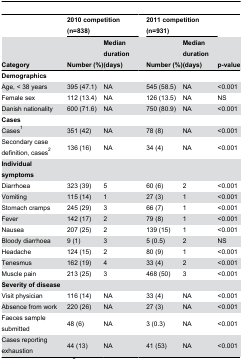
<table><thead><tr><td></td><td colspan="2"><b>2010 competition (n=838)</b></td><td></td><td colspan="2"><b>2011 competition (n=931)</b></td><td></td></tr><tr><td><b>Category</b></td><td><b>Number (%) </b></td><td><b>Median duration (days)</b></td><td></td><td><b>Number (%)</b></td><td><b>Median duration (days)</b></td><td><b>p-value</b></td></tr></thead><tbody><tr><td><b>Demographics</b></td><td></td><td></td><td></td><td></td><td></td><td></td></tr><tr><td> Age, &lt; 38 years</td><td>395 (47.1)</td><td>NA</td><td></td><td>545 (58.5)</td><td>NA</td><td>&lt;0.001</td></tr><tr><td> Female sex</td><td>112 (13.4)</td><td>NA</td><td></td><td>126 (13.5)</td><td>NA</td><td>NS</td></tr><tr><td> Danish nationality</td><td>600 (71.6)</td><td>NA</td><td></td><td>750 (80.9)</td><td>NA</td><td>&lt;0.001</td></tr><tr><td><b>Cases</b></td><td></td><td></td><td></td><td></td><td></td><td></td></tr><tr><td> Cases<sup>1</sup></td><td>351 (42)</td><td>NA</td><td></td><td>78 (8)</td><td>NA</td><td>&lt;0.001</td></tr><tr><td> Secondary case definition, cases<sup>2</sup></td><td>136 (16)</td><td>NA</td><td></td><td>34 (4)</td><td>NA</td><td>&lt;0.001</td></tr><tr><td><b>Individual symptoms</b></td><td></td><td></td><td></td><td></td><td></td><td></td></tr><tr><td> Diarrhoea</td><td>323 (39)</td><td>5</td><td></td><td>60 (6)</td><td>2</td><td>&lt;0.001</td></tr><tr><td> Vomiting</td><td>115 (14)</td><td>1</td><td></td><td>27 (3)</td><td>1</td><td>&lt;0.001</td></tr><tr><td> Stomach cramps</td><td>245 (29)</td><td>3</td><td></td><td>66 (7)</td><td>1</td><td>&lt;0.001</td></tr><tr><td> Fever</td><td>142 (17)</td><td>2</td><td></td><td>79 (8)</td><td>1</td><td>&lt;0.001</td></tr><tr><td> Nausea</td><td>207 (25)</td><td>2</td><td></td><td>139 (15)</td><td>1</td><td>&lt;0.001</td></tr><tr><td> Bloody diarrhoea</td><td>9 (1)</td><td>3</td><td></td><td>5 (0.5)</td><td>2</td><td>NS</td></tr><tr><td> Headache</td><td>124 (15)</td><td>2</td><td></td><td>80 (9)</td><td>1</td><td>&lt;0.001</td></tr><tr><td> Tenesmus</td><td>162 (19)</td><td>4</td><td></td><td>33 (4)</td><td>2</td><td>&lt;0.001</td></tr><tr><td> Muscle pain</td><td>213 (25)</td><td>3</td><td></td><td>468 (50)</td><td>3</td><td>&lt;0.001</td></tr><tr><td><b>Severity of disease</b></td><td></td><td></td><td></td><td></td><td></td><td></td></tr><tr><td> Visit physician</td><td>116 (14)</td><td>NA</td><td></td><td>33 (4)</td><td>NA</td><td>&lt;0.001</td></tr><tr><td> Absence from work</td><td>220 (26)</td><td>NA</td><td></td><td>27 (3)</td><td>NA</td><td>&lt;0.001</td></tr><tr><td> Faeces sample submitted</td><td>48 (6)</td><td>NA</td><td></td><td>3 (0.3)</td><td>NA</td><td>&lt;0.001</td></tr><tr><td> Cases reporting exhaustion</td><td>44 (13)</td><td>NA</td><td></td><td>41 (53)</td><td>NA</td><td>&lt;0.001</td></tr></tbody></table>